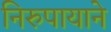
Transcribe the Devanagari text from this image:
निरुपायाने